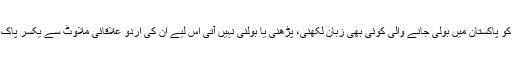
چوں کہ بلاول کو پاکستان میں بولی جانے والی کوئی بھی زبان لکھنی، پڑھنی یا بولنی نہیں آتی اس لیے ان کی اردو علاقائی ملاوٹ سے یکسر پاک اور صاف ہے۔